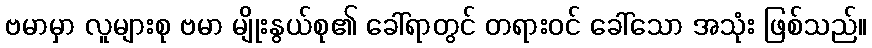
ဗမာမှာ လူများစု ဗမာ မျိုးနွယ်စု၏ ခေါ်ရာတွင် တရားဝင် ခေါ်သော အသုံး ဖြစ်သည်။